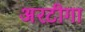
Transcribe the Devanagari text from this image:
अरटीगा